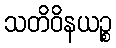
သတိဝိနယဉ္စ